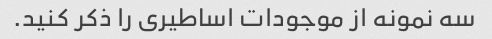
سه نمونه از موجودات اساطیری را ذکر کنید.